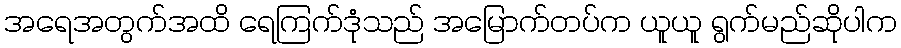
အရေအတွက်အထိ ရေကြက်ဒုံသည် အမြောက်တပ်က ယူယူ ရွက်မည်ဆိုပါက